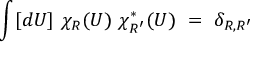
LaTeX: \int [ d U ] ~ \chi _ { R } ( U ) ~ \chi _ { R ^ { \prime } } ^ { * } ( U ) ~ = ~ \delta _ { R , R ^ { \prime } }